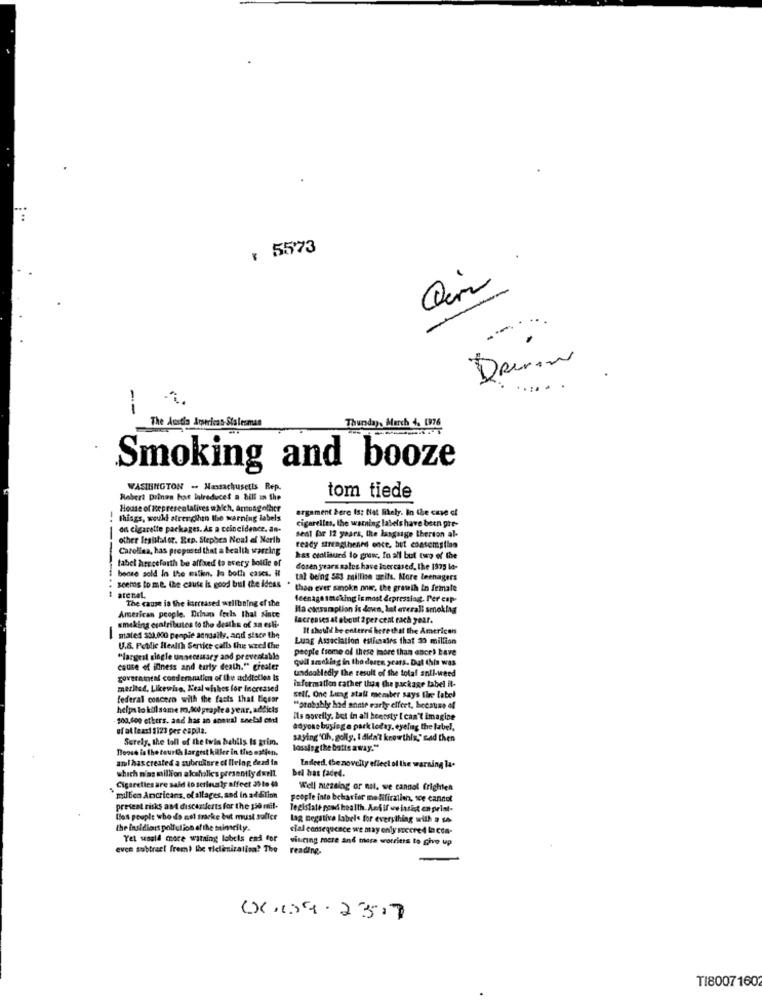
: 5573
-
-
...
.
....
--
The Austia Americas- Stalesman
Thursday, March 4, 1976
Smoking and booze
WASINGTON - Massachusetts Rep.
Robert Drinen har inireducet a bill in the
tom tiede
House of Representatives which, amongother
argument bere Is; Not likely. In the case of
things, would strengthen the warning labels
cigarelles, the warning labels have been gre-
on cigarette packages. As a coincidence. an-
sent for 12 years, the language therdon al-
other Itsistator. Rep. Stephen Noal af Nerih
Carolina, has prepused that a bealth warcing
ready strengthened once, but coasemstlen
tabel herceforth be affixed to every bottle of
has continued lo grew, In all but two of the
dosen years sales have tuercased. the 1975 lo-
bonne sold in the matin. lo both cases. i
tal being 5a3 million its. More teenagers
seems to me. the cause is good bul the ideas
then ever smoke onw. the growth In female
----------
arenal,
The cause is the increased wellbning of the
leenago smoking is most depressiag. Per cap.
Ifa consumaplion is down, but everali smoklag
American people. Drinan feels that since
lacreases at eboist 2 per cent rach year.
smoking oratributes to the dealks of sa eski-
Il should be entered herethat the American
mate1 53),000 people annually, and since the
-
Lung Association eslinales that 30 million
U.S. Petlic Health Service calls the weed the
people fsome of these more than once) have
"largest siogle unnecessary and preventable
quil ameking in tho deren years. Dut this was
cause of illness and turty death." greater
undoubtedly the result of the total anll-weed
government condemnation of the addiotien Is
merited. Likewise, Keal -lhes for Increased
information rather than the package Label il-
federal concero with the facts that liquar
stil. One Lung stall member says Ihre label
helps to kill some 70,00 prople a year, addicts
"probably had annte early effort, because of
100.000 ethers. and has an annual snelal end
Ils sovefly, but in all heetsty I can't imagine
of at least $123 per esp.la.
anyone busieg e park leday, eyelng the label,
Surely, the toll of the twin habils Is grim.
saying "Ch, golly. I didn't knowthis." nad then
noose is the tourth largest killer in the matien.
lossing the balls away."
aml has created a subrukare of Ilelog dezd in
which n'as million alcoholics presently duell.
bel has faded.
Indeed, Che novelty effect of the warning la.
Cigarettes are sald io serieus ly affect 25 to 60
Well messing or not. we cannot frighten
millica Ancricans, of allages, and in addition
people into behavior me fifirzlien, we cannot
present risks and discaztforts for the 150 mil-
legislale good health. And if we insist en print-
les peuple who do nel fricke but must suffer
Lag negative labels for everything with a s4-
the insidious poll ction of the mincity.
cial consequence we may only soccred la com-
Yel would more warning labels end for
viering more and more worriers to give up
even subtract frem) lhe victimization? The
reading.
()()9.2327
TI80071602